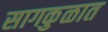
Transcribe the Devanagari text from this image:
सागकुळात